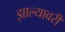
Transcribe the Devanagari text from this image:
झाल्यावरी